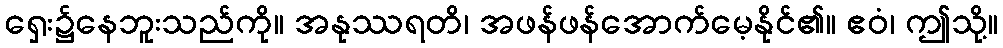
ရှေး၌နေဘူးသည်ကို။ အနုဿရတိ၊ အဖန်ဖန်အောက်မေ့နိုင်၏။ ဧဝံ၊ ဤသို့။